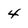
Character: 4